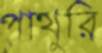
পাথুরি